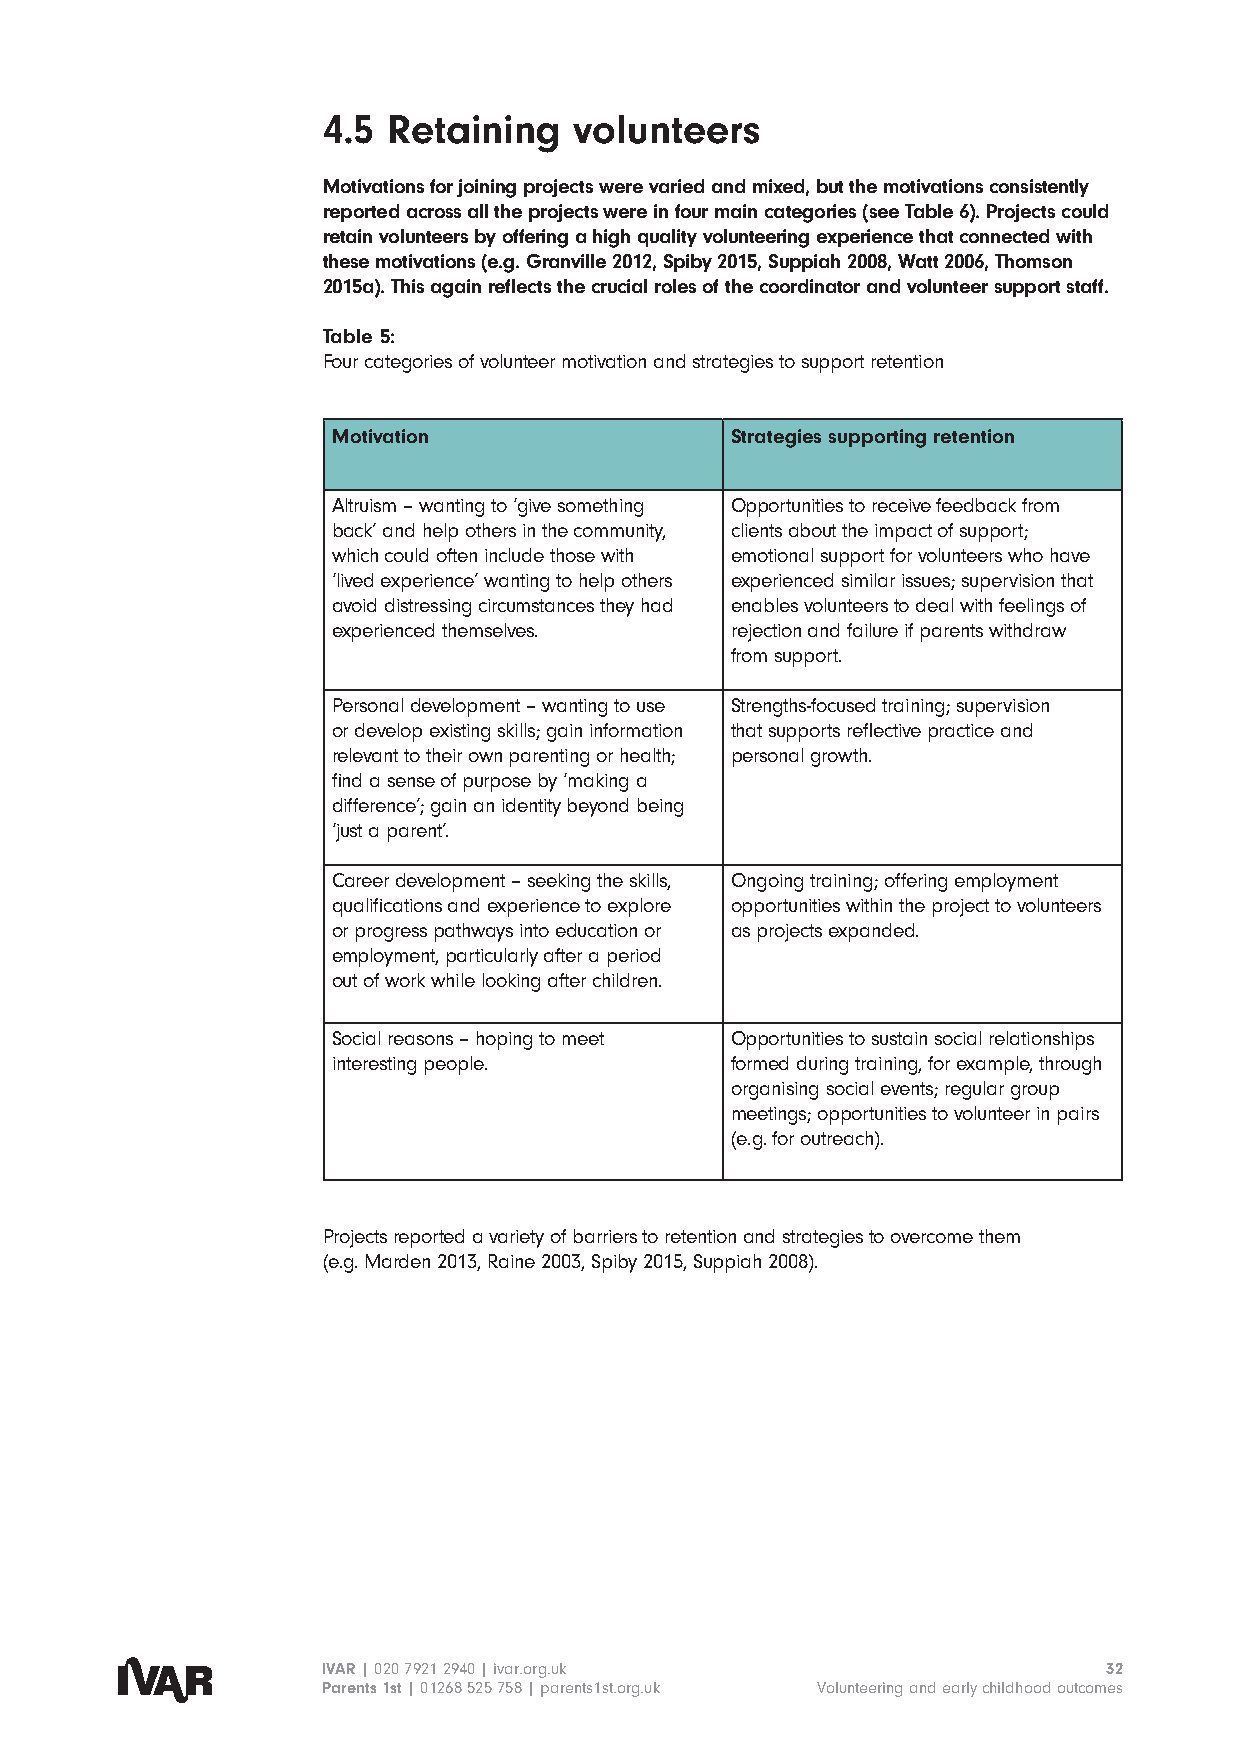
4.5  Retaining   volunteers
 Motivations for joining projects were varied and mixed, but the motivations consistently
 reported across all the projects were in four main categories (see Table 6). Projects could
 retain volunteers by offering a high quality volunteering experience that connected with
 these motivations (e.g. Granville 2012, Spiby 2015, Suppiah 2008, Watt 2006, Thomson
 2015a). This again reflects the crucial roles of the coordinator and volunteer support staff.
 Table 5:
 Four categories of volunteer motivation and strategies to support retention
 Motivation                Strategies supporting retention
 Altruism – wanting to ‘give something Opportunities to receive feedback from
 back’ and help others in the community, clients about the impact of support;
 which could often include those with emotional support for volunteers who have
 ‘lived experience’ wanting to help others experienced similar issues; supervision that
 avoid distressing circumstances they had enables volunteers to deal with feelings of
 experienced themselves.   rejection and failure if parents withdraw
 from support.
 Personal development – wanting to use Strengths-focused training; supervision
 or develop existing skills; gain information that supports reflective practice and
 relevant to their own parenting or health; personal growth.
 find a sense of purpose by ‘making a
 difference’; gain an identity beyond being
 ‘just a parent’.
 Career development – seeking the skills, Ongoing training; offering employment
 qualifications and experience to explore opportunities within the project to volunteers
 or progress pathways into education or as projects expanded.
 employment, particularly after a period
 out of work while looking after children.
 Social reasons – hoping to meet Opportunities to sustain social relationships
 interesting people.       formed during training, for example, through
 organising social events; regular group
 meetings; opportunities to volunteer in pairs
 (e.g. for outreach).
 Projects reported a variety of barriers to retention and strategies to overcome them
 (e.g. Marden 2013, Raine 2003, Spiby 2015, Suppiah 2008).
 IVAR | 020 7921 2940 | ivar.org.uk                  32
 Parents 1st | 01268 525 758 | parents1st.org.uk Volunteering and early childhood outcomes